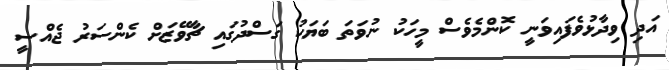
އަދި ވިދާޅުވެފައިވަނީ ކޮންމެވެސް މީހަކު ނުވަތަ ބަޔަކު ގަސްދުގައި ޗާވޭޒަށް ކެންސަރު ޖެއްސީ